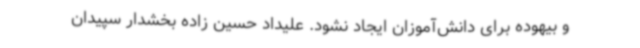
و بیهوده برای دانش‌آموزان ایجاد نشود. علیداد حسین زاده بخشدار سپیدان